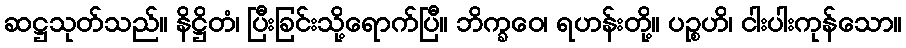
ဆဋ္ဌသုတ်သည်။ နိဋ္ဌိတံ၊ ပြီးခြင်းသို့ရောက်ပြီ။ ဘိက္ခဝေ၊ ရဟန်းတို့။ ပဉ္စဟိ၊ ငါးပါးကုန်သော။